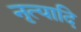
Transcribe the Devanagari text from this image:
नृत्यादि